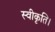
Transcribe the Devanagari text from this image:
स्वीकृति।